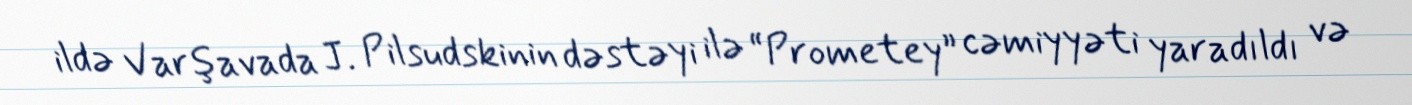
ildə Varşavada J. Pilsudskinin dəstəyi ilə “Prometey” cəmiyyəti yaradıldı və